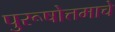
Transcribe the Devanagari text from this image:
पुरूषोत्तमाचे